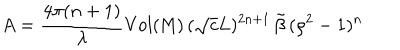
LaTeX: A = \frac { 4 \pi ( n + 1 ) } { \lambda } \mathrm { V o l ( M ) } \, ( \sqrt { c } L ) ^ { 2 n + 1 } \, \tilde { \beta } \, ( \rho ^ { 2 } - 1 ) ^ { n }